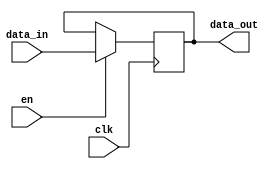
module register_4bit(clk,en,data_in,data_out);
    input clk;
    input en;
    input [3:0] data_in;
    output reg [3:0] data_out;
    always@(posedge clk) 
        if(en) data_out <= data_in;
endmodule